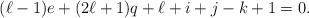
LaTeX: \begin{align*}(\ell-1)e+(2\ell+1)q+\ell+i+j-k+1=0.\end{align*}